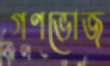
গণভোজ